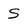
Character: S